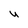
Character: U